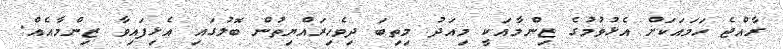
ރާއްޖެ ހަމައަކަށް އެޅުވުމުގެ ޒިންމާއަކީ މިއަދު މިތިބަ ދިވެހިރައްޔިތުން ބޮލުގައި އެޅިފައިވާ ޒިންމާއެއް.